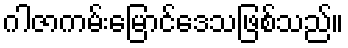
ဂါဇာကမ်းမြောင်ဒေသဖြစ်သည်။